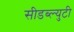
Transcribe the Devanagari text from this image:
सीडब्ल्युटी